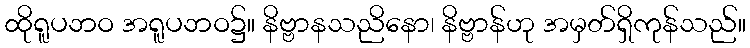
ထိုရူပဘဝ အရူပဘဝ၌။ နိဗ္ဗာနသညိနော၊ နိဗ္ဗာန်ဟု အမှတ်ရှိကုန်သည်။